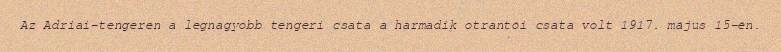
Az Adriai-tengeren a legnagyobb tengeri csata a harmadik otrantói csata volt 1917. május 15-én.